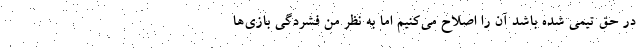
در حق تیمی شده باشد آن را اصلاح می‌کنیم اما به نظر من فشردگی بازی‌ها